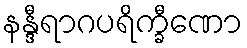
နန္ဒီရာဂပရိက္ခီဏော